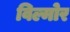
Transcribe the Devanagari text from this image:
विल्मोर